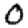
Digit: 0